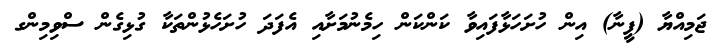
ޖަމިއްޔާ (ފީނާ) އިން ހުށަހަޅާފައިވާ ކަންކަން ހިމެނުމަށާއި އެފަދަ ހުށަހެޅުންތަކާ ގުޅިގެން ސްވިމިންގ